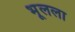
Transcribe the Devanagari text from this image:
भूलला